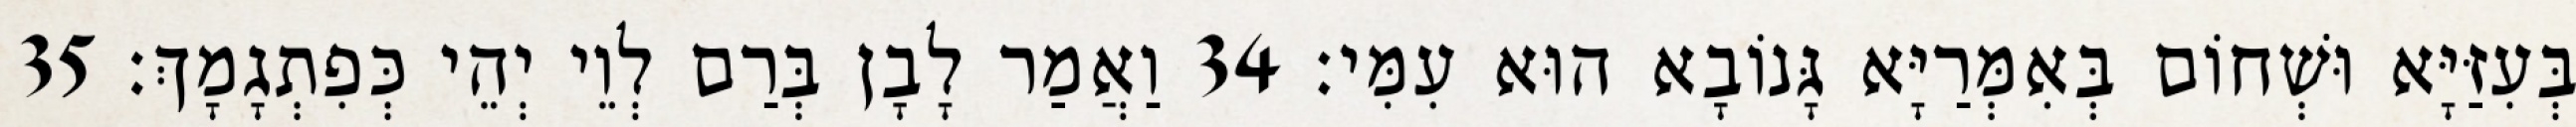
בְּעִזַּיָּא וּשְׁחוֹם בְּאִמְּרַיָּא גָּנוֹבָא הוּא עִמִּי׃ 34 וַאֲמַר לָבָן בְּרַם לְוֵי יְהֵי כְּפִתְגָמָךְ׃ 35